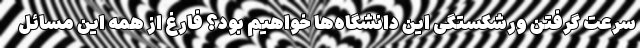
سرعت گرفتن ورشکستگی این دانشگاه‌ها خواهیم بود؟ فارغ از همه این مسائل